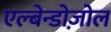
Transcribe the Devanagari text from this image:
एल्बेन्डोज़ोल